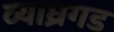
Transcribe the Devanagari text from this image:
व्याघ्रगड